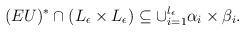
LaTeX: \begin{align*}(EU)^*\cap (L_{\epsilon} \times L_{\epsilon}) \subseteq \cup_{i=1}^{l_{\epsilon}} \alpha_i\times\beta_i.\end{align*}